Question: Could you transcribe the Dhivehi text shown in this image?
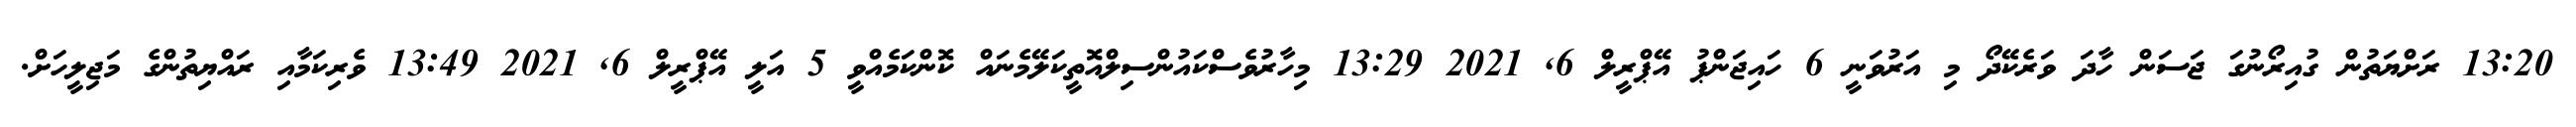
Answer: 13:20 ރަށްޔަތުން ގުއިރޯނުގަ ޖަސަން ހާދަ ވަރެކޭދޯ މި އަރުވަނީ 6 ހައިޖަންޕު އޭޕްރީލް 6, 2021 13:29 މިހާރުވެސްކައުންސިލްއޮތީކަލޭމެނައް ކޮންކަމެއްވީ 5 އަލީ އޭޕްރީލް 6, 2021 13:49 ވެރިކަމާއި ރައްޔިތުންގެ މަޖިލީހަށް.